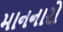
માનનારો